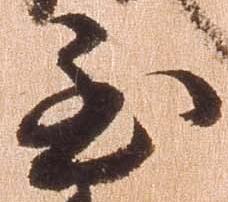
至